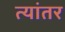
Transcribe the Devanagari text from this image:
त्यांतर